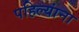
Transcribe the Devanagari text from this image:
पहिल्यांना